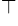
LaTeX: ^{\top}